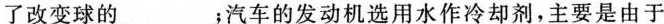
声音的_____ (选填”响度””音调”或”音色”)来大致判断周围同